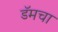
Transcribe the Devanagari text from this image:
डॅमचा